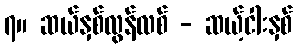
၇။ ဆယ်နှစ်လွန်လစ် - ဆယ့်ငါးနှစ်